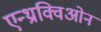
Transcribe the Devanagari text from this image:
एन्थ्राक्विओन